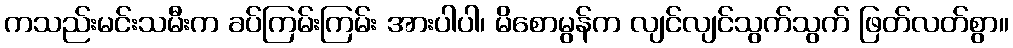
ကသည်းမင်းသမီးက ခပ်ကြမ်းကြမ်း အားပါပါ၊ မိစောမွန်က လျင်လျင်သွက်သွက် ဖြတ်လတ်စွာ။